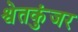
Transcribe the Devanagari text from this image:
श्वेतकुंजर